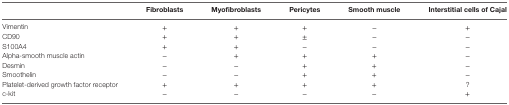
<table><thead><tr><td></td><td><b>Fibroblasts</b></td><td><b>Myofibroblasts</b></td><td><b>Pericytes</b></td><td><b>Smooth muscle</b></td><td><b>Interstitial cells of Cajal</b></td></tr></thead><tbody><tr><td>Vimentin</td><td>+</td><td>+</td><td>+</td><td>−</td><td>+</td></tr><tr><td>CD90</td><td>+</td><td>+</td><td>±</td><td>−</td><td>−</td></tr><tr><td>S100A4</td><td>+</td><td>+</td><td>−</td><td>−</td><td>−</td></tr><tr><td>Alpha-smooth muscle actin</td><td>−</td><td>+</td><td>+</td><td>+</td><td>−</td></tr><tr><td>Desmin</td><td>−</td><td>−</td><td>+</td><td>+</td><td>−</td></tr><tr><td>Smoothelin</td><td>−</td><td>−</td><td>+</td><td>+</td><td>−</td></tr><tr><td>Platelet-derived growth factor receptor</td><td>+</td><td>+</td><td>+</td><td>+</td><td>?</td></tr><tr><td>c-kit</td><td>−</td><td>−</td><td>−</td><td>−</td><td>+</td></tr></tbody></table>